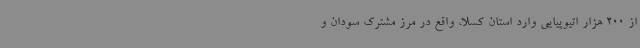
از 200 هزار اتیوپیایی وارد استان کسلا، واقع در مرز مشترک سودان و